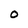
Character: O